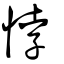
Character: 悖